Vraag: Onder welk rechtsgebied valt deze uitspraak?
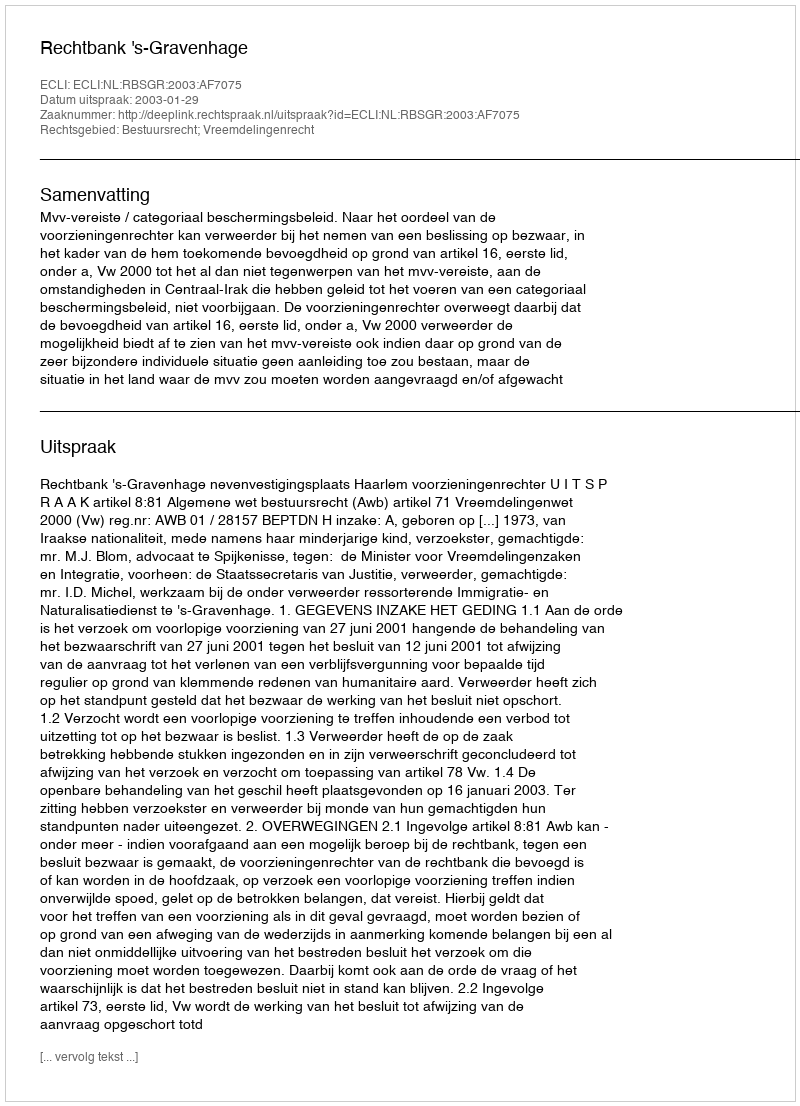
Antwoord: Bestuursrecht; Vreemdelingenrecht